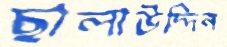
ছালাউদ্দিন